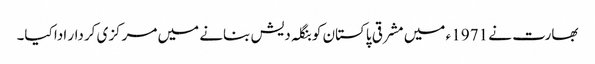
بھارت نے 1971 ء میں مشرقی پاکستان کو بنگلہ دیش بنانے میں مرکزی کردار ادا کیا۔